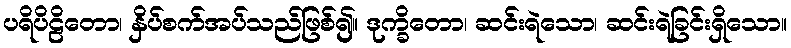
ပရိပိဠိတော၊ နှိပ်စက်အပ်သည်ဖြစ်၍။ ဒုက္ခိတော၊ ဆင်းရဲသော၊ ဆင်းရဲခြင်းရှိသော။